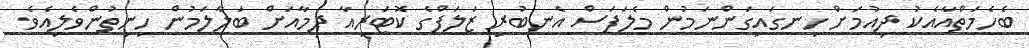
ބެހެމަތްއާއެކު ދިއުމަށް ހިނގައިގަންނަމުން މެލަފަސް އެނބުރި ޒަލަފްގެ ކޮޓަރިއާ ދިމާއަށް ބަލާލަމުން ހިނިތުންވެލިއެވެ.